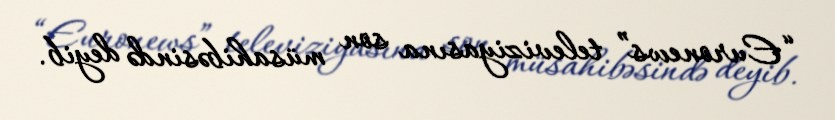
“Euronews” televiziyasına son müsahibəsində deyib.